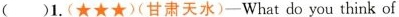
( )1.(★★★)(甘肃天水)-What do you think of